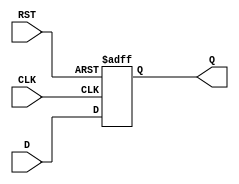
module output_register (
    input wire [WIDTH-1:0] D,      // Data Input
    input wire CLK,                 // Clock
    input wire RST,                 // Asynchronous Reset
    output reg [WIDTH-1:0] Q        // Data Output
);
    parameter WIDTH = 8;            // Define the width of the register (8 bits by default)

    // Asynchronous Reset and Clock Behavior
    always @(posedge CLK or posedge RST) begin
        if (RST) begin
            Q <= {WIDTH{1'b0}};      // Clear output to zero on reset
        end else begin
            Q <= D;                  // Capture data on rising edge of clock
        end
    end

endmodule